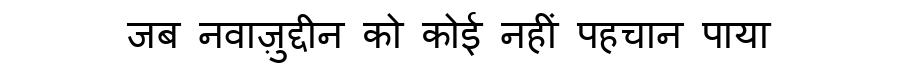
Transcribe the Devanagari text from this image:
जब नवाज़ुद्दीन को कोई नहीं पहचान पाया